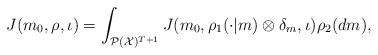
LaTeX: \begin{align*}J(m_0,{\rho}, \iota)= \int_{\mathcal{P}(\mathcal{X})^{T+1}} J(m_0, \rho_1(\cdot|m) \otimes \delta_m, \iota ) \rho_2 (dm),\end{align*}